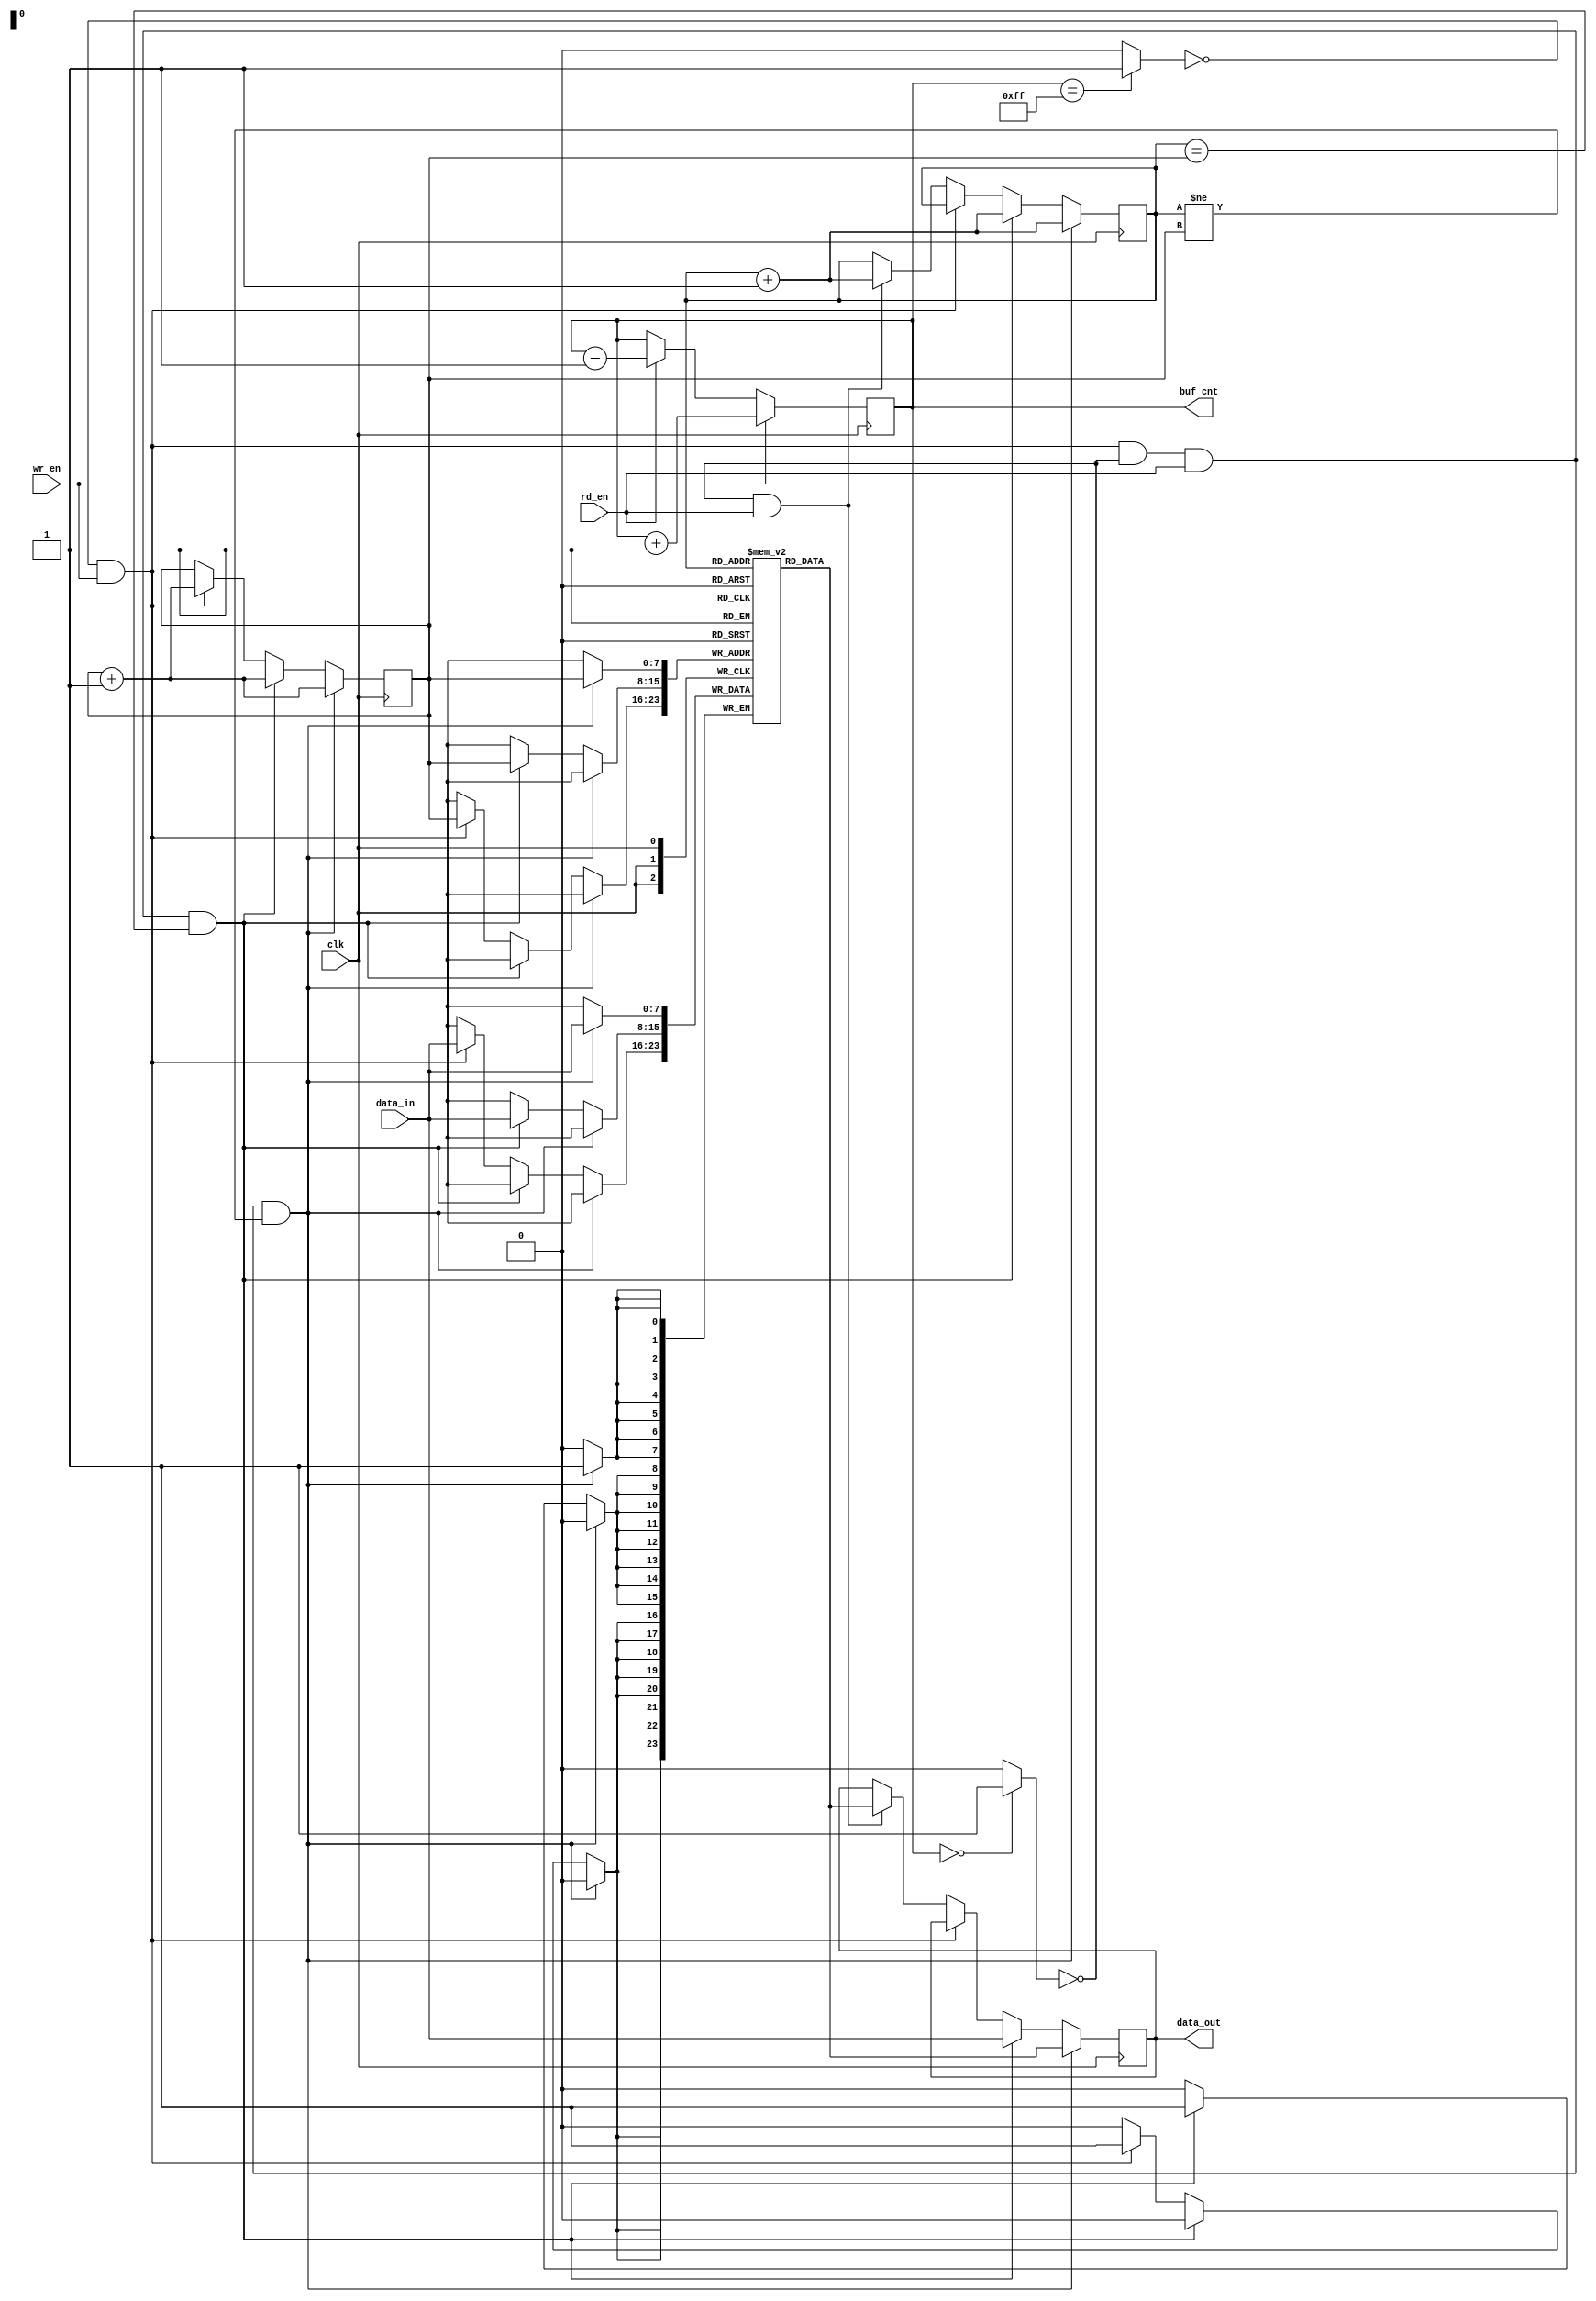
`timescale 1ns/1ps

//    
module FIFO(
    input wire clk,
    //    FIFO
    input wire wr_en,
    input wire [7:0] data_in, //  
    //    FIFO
    input wire rd_en,
    output wire [7:0] data_out, //  
    //    
    output wire [7:0] buf_cnt
);

//      8    256
    reg [7:0] mem [0:255];

    reg [7:0] wr_addr = 8'h0;
    reg [7:0] rd_addr = 8'h0;
    reg [7:0] bf_cnt = 8'h0;
    reg [7:0] data_out_i = 8'h0;

//      
    wire full;
    wire empty;


    assign full = (bf_cnt == 255) ? 1'b1:1'b0;
    assign empty = (bf_cnt == 0) ? 1'b1:1'b0;

//     
    assign data_out = data_out_i;
    assign buf_cnt = bf_cnt;

    //    FIFO
    always @(posedge clk)
        begin
            case (1'b1)
                (full == 1'b0 && wr_en && empty == 1'b0 && rd_en && rd_addr != wr_addr): begin
                    mem[wr_addr] <= data_in;
                    data_out_i <= mem[rd_addr];
                    wr_addr <= wr_addr+1'b1;
                    rd_addr <= rd_addr+1'b1;
                end
                (full == 1'b0 && wr_en && empty == 1'b0 && rd_en && rd_addr == wr_addr): begin
                    mem[wr_addr] <= data_in;
                    data_out_i <= data_in;
                    wr_addr <= wr_addr+1'b1;
                    rd_addr <= rd_addr+1'b1;
                end
                (full == 1'b0 && wr_en): begin
                    mem[wr_addr] <= data_in;
                    wr_addr <= wr_addr+1'b1;
                end
                (empty == 1'b0 && rd_en): begin
                    data_out_i <= mem[rd_addr];
                    rd_addr <= rd_addr+1'b1;
                end
            endcase

        end

    //    
    always @(posedge clk)
        begin
            if (wr_en) begin
                bf_cnt <= bf_cnt+1'b1;
            end
            else if (rd_en) begin
                bf_cnt <= bf_cnt-1'b1;
            end
        end

endmodule